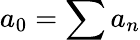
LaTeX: a_{0}=\sum a_{n}